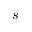
s